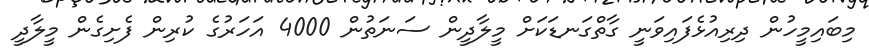
މިބައިމީހުން ދިރިއުޅެފައިވަނީ ގާތްގަނޑަކަށް މީލާދީން ސަނަތުން 4000 އަހަރުގެ ކުރިން ފެށިގެން މީލާދީ